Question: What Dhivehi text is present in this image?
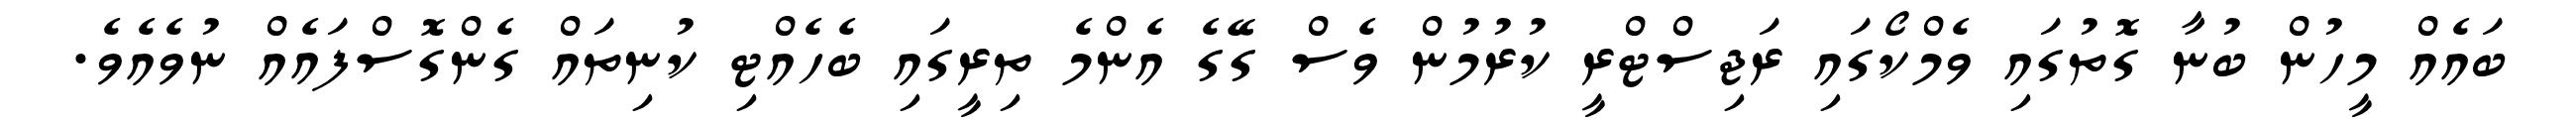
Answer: ބައެއް މީހުން ބުނާ ގޮތުގައި ވެމްކޯގައި ރަޖިސްޓްރީ ކުރުމުން ވެސް ގޭގެ އެންމެ ތިރީގައި ބެހެއްޓި ކުނިތައް ގެންގޮސްފައެއް ނުވެއެވެ.